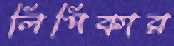
লিপিকার